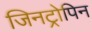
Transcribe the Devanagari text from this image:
जिनट्रोपिन